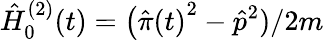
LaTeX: \hat{H}_{0}^{(2)}(t)=\bigl({\hat{\pi}(t)}^{2}-\hat{p}^{2})/2m